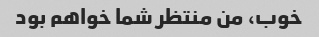
خوب، من منتظر شما خواهم بود